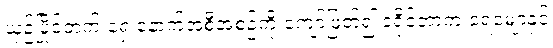
ယှဉ်ပြိုင်ဘက် ရှေ့နောက်အစီအစဉ်ကို ကျော်ဖြတ်၍ ဒရိုင်ဘာက ရေမျောနှင့်